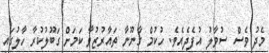
މެދު ވެސް ސުވާލު އުފެދެއެވެ. ހުކުމް ގާނޫނާ ތައާރުޒުވާ ކަމަށް ގަބޫލުކުރާ ހާލުގައި